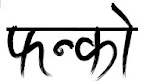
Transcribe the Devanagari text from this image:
फन्नको